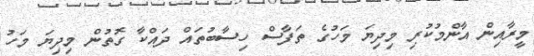
މީރާއިން އާންމުކުރި މިދިޔަ މަހުގެ ތަފާސް ހިސާބުތައް ދައްކާ ގޮތުން މިދިޔަ މަހު